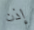
إذن